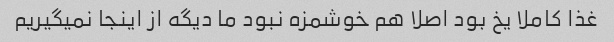
غذا کاملا یخ بود اصلا هم خوشمزه نبود ما دیگه از اینجا نمیگیریم